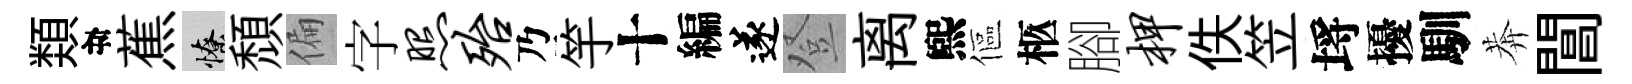
𩔖目蕉憭頹偏字照殆乃竽十編遂登离煕傴柩腳柙佚笠埓擾馴莾閶